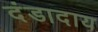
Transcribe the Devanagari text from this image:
दंडादाय